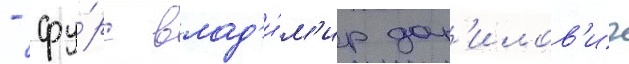
- фу́рс влад'и́м'ир дан'илов'ич